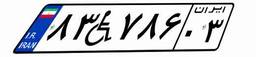
۴۳W۶۸۷۷۲